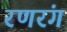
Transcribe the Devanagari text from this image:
रणरंग